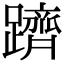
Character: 躋